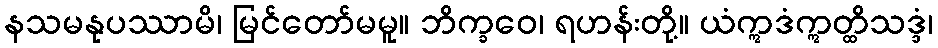
နသမနုပဿာမိ၊ မြင်တော်မမူ။ ဘိက္ခဝေ၊ ရဟန်းတို့။ ယံဣဒံဣတ္ထိသဒ္ဒံ၊